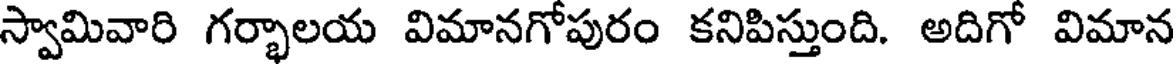
స్వామివారి గర్భాలయ విమానగోపురం కనిపిస్తుంది. అదిగో విమాన